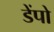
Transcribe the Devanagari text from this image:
डेंपो